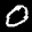
Label: 0